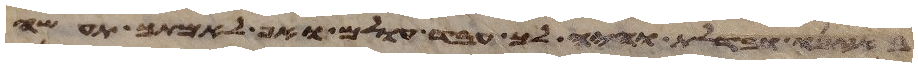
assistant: באזנו ובדלת והיה לך עבד עולם ואף לאמתך תעשה